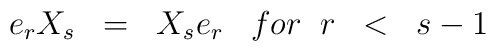
e_rX_s\;\;=\;\;X_se_r \;\;\; for \;\; r \;\;< \;\; s-1